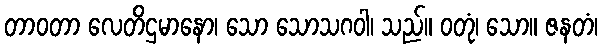
တာဝတာ လေတိဌမာနော၊ သော သောသဂဝါ၊ သည်။ ဝတုံ၊ သော။ ဇနတံ၊